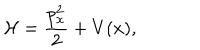
\mathcal { H } = \frac { p _ { x } ^ { 2 } } { 2 } + V ( x ) ,